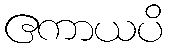
ဧကာယပိ